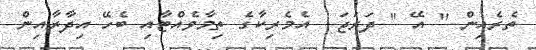
ތެރެއިން '' އޭ '' ދަރަޖަ  އެމެރިކާގެ ތިމާވެއްޓާއި ބެހޭ އިދާރާއިން